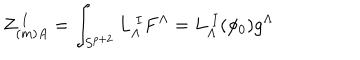
Z _ { ( m ) A } ^ { \ I } = \int _ { S ^ { p + 2 } } L _ { \Lambda } ^ { \ I } F ^ { \Lambda } = L _ { \Lambda } ^ { \ I } ( \phi _ { 0 } ) g ^ { \Lambda }